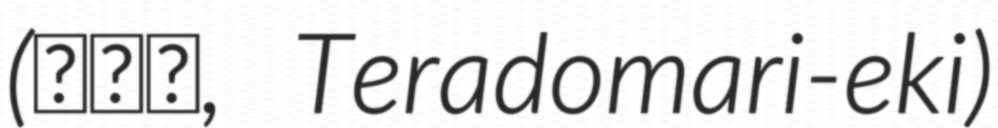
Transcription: (寺泊駅, Teradomari-eki)